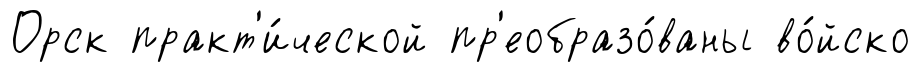
Орск практ'и́ческой пр'еобразо́ваны во́йско